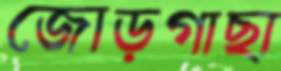
জোড়গাছা